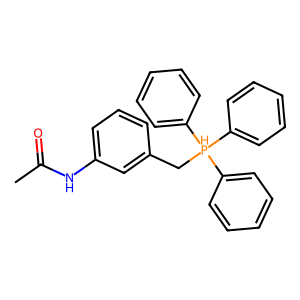
SMILES: CC(=O)Nc1cccc(C[PH](c2ccccc2)(c2ccccc2)c2ccccc2)c1
Inhibits HIV replication: No